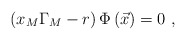
\begin{align*}\left( x_{M}\Gamma _{M}-r\right) \Phi \left( \vec{x}\right) =0\ ,\end{align*}